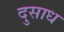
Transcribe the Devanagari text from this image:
दुसाध